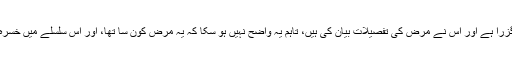
مشہور حکیم جالینوس اسی دور میں گزرا ہے اور اس نے مرض کی تفصیلات بیان کی ہیں، تاہم یہ واضح نہیں ہو سکا کہ یہ مرض کون سا تھا، اور اس سلسلے میں خسرہ اور چیچک دونوں کا نام لیا جاتا ہے۔